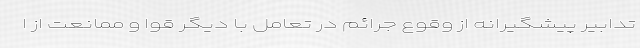
تدابیر پیشگیرانه از وقوع جرائم در تعامل با دیگر قوا و ممانعت از ا